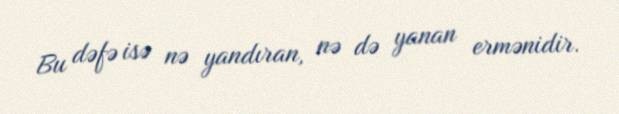
Bu dəfə isə nə yandıran, nə də yanan ermənidir.